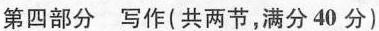
第四部分 写作(共两节，满分40分)